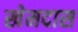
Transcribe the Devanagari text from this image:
खेमदास